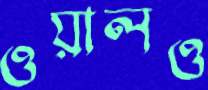
ওয়ালও